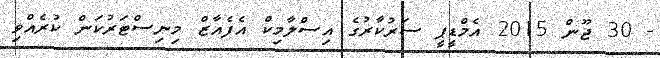
- 30 ޖޫން 2015 އެމްޑީޕީ ސަރުކާރުގެ އިސްލާމިކް އެފެއާޒް މިނިސްޓަރުކަން ކުރެއްވި